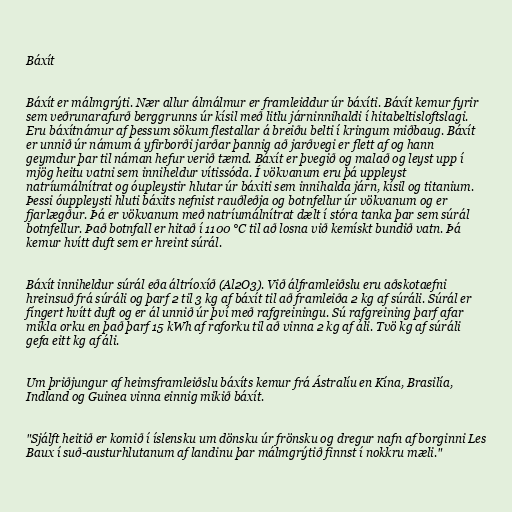
Báxít

Báxít er málmgrýti. Nær allur álmálmur er framleiddur úr báxíti. Báxít kemur fyrir
sem veðrunarafurð berggrunns úr kísil með litlu járninnihaldi í hitabeltisloftslagi.
Eru báxítnámur af þessum sökum flestallar á breiðu belti í kringum miðbaug. Báxít
er unnið úr námum á yfirborði jarðar þannig að jarðvegi er flett af og hann
geymdur þar til náman hefur verið tæmd. Báxít er þvegið og malað og leyst upp í
mjög heitu vatni sem inniheldur vítissóda. Í vökvanum eru þá uppleyst
natríumálnítrat og óupleystir hlutar úr báxiti sem innihalda járn, kísil og titanium.
Þessi óuppleysti hluti báxits nefnist rauðleðja og botnfellur úr vökvanum og er
fjarlægður. Þá er vökvanum með natríumálnítrat dælt í stóra tanka þar sem súrál
botnfellur. Það botnfall er hitað í 1100 °C til að losna við kemískt bundið vatn. Þá
kemur hvítt duft sem er hreint súrál.

Báxít inniheldur súrál eða áltríoxíð (Al2O3). Við álframleiðslu eru aðskotaefni
hreinsuð frá súráli og þarf 2 til 3 kg af báxít til að framleiða 2 kg af súráli. Súrál er
fíngert hvítt duft og er ál unnið úr því með rafgreiningu. Sú rafgreining þarf afar
mikla orku en það þarf 15 kWh af raforku til að vinna 2 kg af áli. Tvö kg af súráli
gefa eitt kg af áli.

Um þriðjungur af heimsframleiðslu báxíts kemur frá Ástralíu en Kína, Brasilía,
Indland og Guinea vinna einnig mikið báxít.

"Sjálft heitið er komið í íslensku um dönsku úr frönsku og dregur nafn af borginni Les
Baux í suð-austurhlutanum af landinu þar málmgrýtið finnst í nokkru mæli."